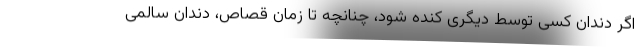
اگر دندان کسی توسط دیگری کنده شود، چنانچه تا زمان قصاص، دندان سالمی